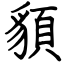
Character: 䫉